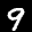
Label: 9